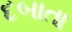
દબાતા